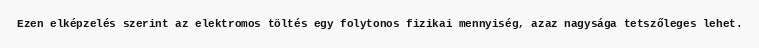
Ezen elképzelés szerint az elektromos töltés egy folytonos fizikai mennyiség, azaz nagysága tetszőleges lehet.